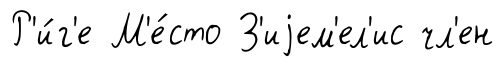
Р'и́г'е М'е́сто З'иjем'ел'ис чл'ен